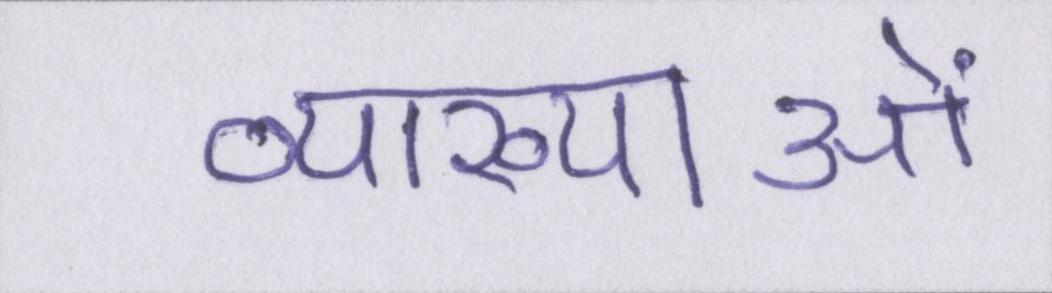
व्याख्याओं